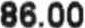
86.00